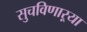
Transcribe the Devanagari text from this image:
सुचविणाऱ्या